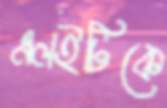
এলইটিকে